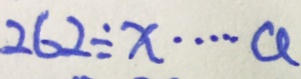
2 6 2 \div x \cdots a